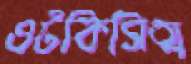
ওটকিসিত্ম